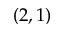
( 2 , 1 )